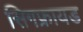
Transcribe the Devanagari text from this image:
सिगफ्रायड